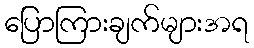
ပြောကြားချက်များအရ